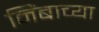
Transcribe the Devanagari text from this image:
निंबाच्या